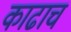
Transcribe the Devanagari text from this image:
काढाच